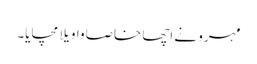
مہرو نے اچھا خاصا واویلا مچایا۔